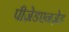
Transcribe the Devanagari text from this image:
पीज़ेडएनज़ेड